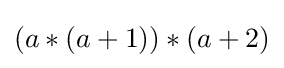
(a*(a+1))*(a+2)